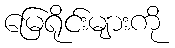
မြေရိုင်းများကို